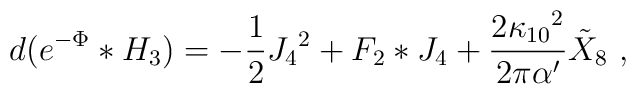
d(e^{-\Phi}*H_3)=-{1\over2}J_4{}^2+F_2*J_4+{2\kappa_{10}{}^2\over2\pi\alpha'}{\tilde X}_8\ ,